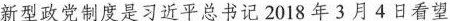
新型政党制度是习近平总书记2018年3月4日看望